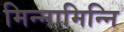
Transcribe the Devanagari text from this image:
मिन्नामिन्नि